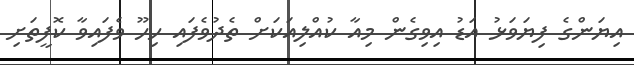
އިޔަންގެ ފިޔަވަޅު އަޑު އިވިގެން މިއާ ކުއްލިއަކަށް ތެދުވެފައި ހިހޫ ވެފައިވާ ކޮފީތަށި